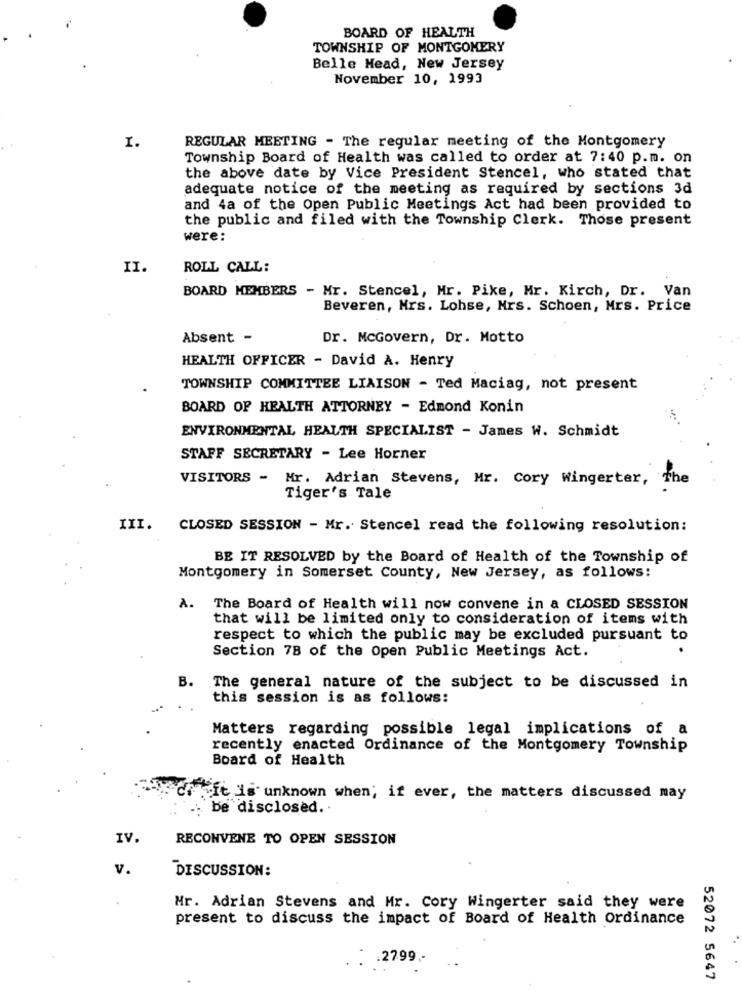
BOARD OF HEALTH
TOWNSHIP OF MONTGOMERY
Belle Head, New Jersey
November 10, 1993
I.
REGULAR MEETING - The regular meeting of the Montgomery
Township Board of Health was called to order at 7:40 p.m. on
the above date by Vice President Stencel, who stated that
adequate notice of the meeting as required by sections 3d
and 4a of the Open Public Meetings Act had been provided to
the public and filed with the Township Clerk. Those present
were:
II.
ROLL CALL:
BOARD MEMBERS - Mr. Stencel, Mr. Pike, Mr. Kirch, Dr. Van
Beveren, Mrs. Lohse, Mrs. Schoen, Mrs. Price
Absent -
Dr. McGovern, Dr. Motto
HEALTH OFFICER - David A. Henry
TOWNSHIP COMMITTEE LIAISON - Ted Maciag, not present
BOARD OF HEALTH ATTORNEY - Edmond Konin
ENVIRONMENTAL HEALTH SPECIALIST - James W. Schmidt
STAFF SECRETARY - Lee Horner
VISITORS - Mr. Adrian Stevens, Mr. Cory Wingerter, The
Tiger's Tale
III. CLOSED SESSION - Mr. Stencel read the following resolution:
BE IT RESOLVED by the Board of Health of the Township of
Montgomery in Somerset County, New Jersey, as follows:
A.
The Board of Health will now convene in a CLOSED SESSION
that will be limited only to consideration of items with
respect to which the public may be excluded pursuant to
.
Section 78 of the Open Public Meetings Act.
B. The general nature of the subject to be discussed in
this session is as follows:
Matters regarding possible legal implications of a
recently enacted Ordinance of the Montgomery Township
Board of Health
"it is unknown when; if ever, the matters discussed may
be disclosed ..
IV
RECONVENE TO OPEN SESSION
V.
DISCUSSION:
Mr. Adrian Stevens and Mr. Cory Wingerter said they were
present to discuss the impact of Board of Health Ordinance
.2799 .-
52072 5647